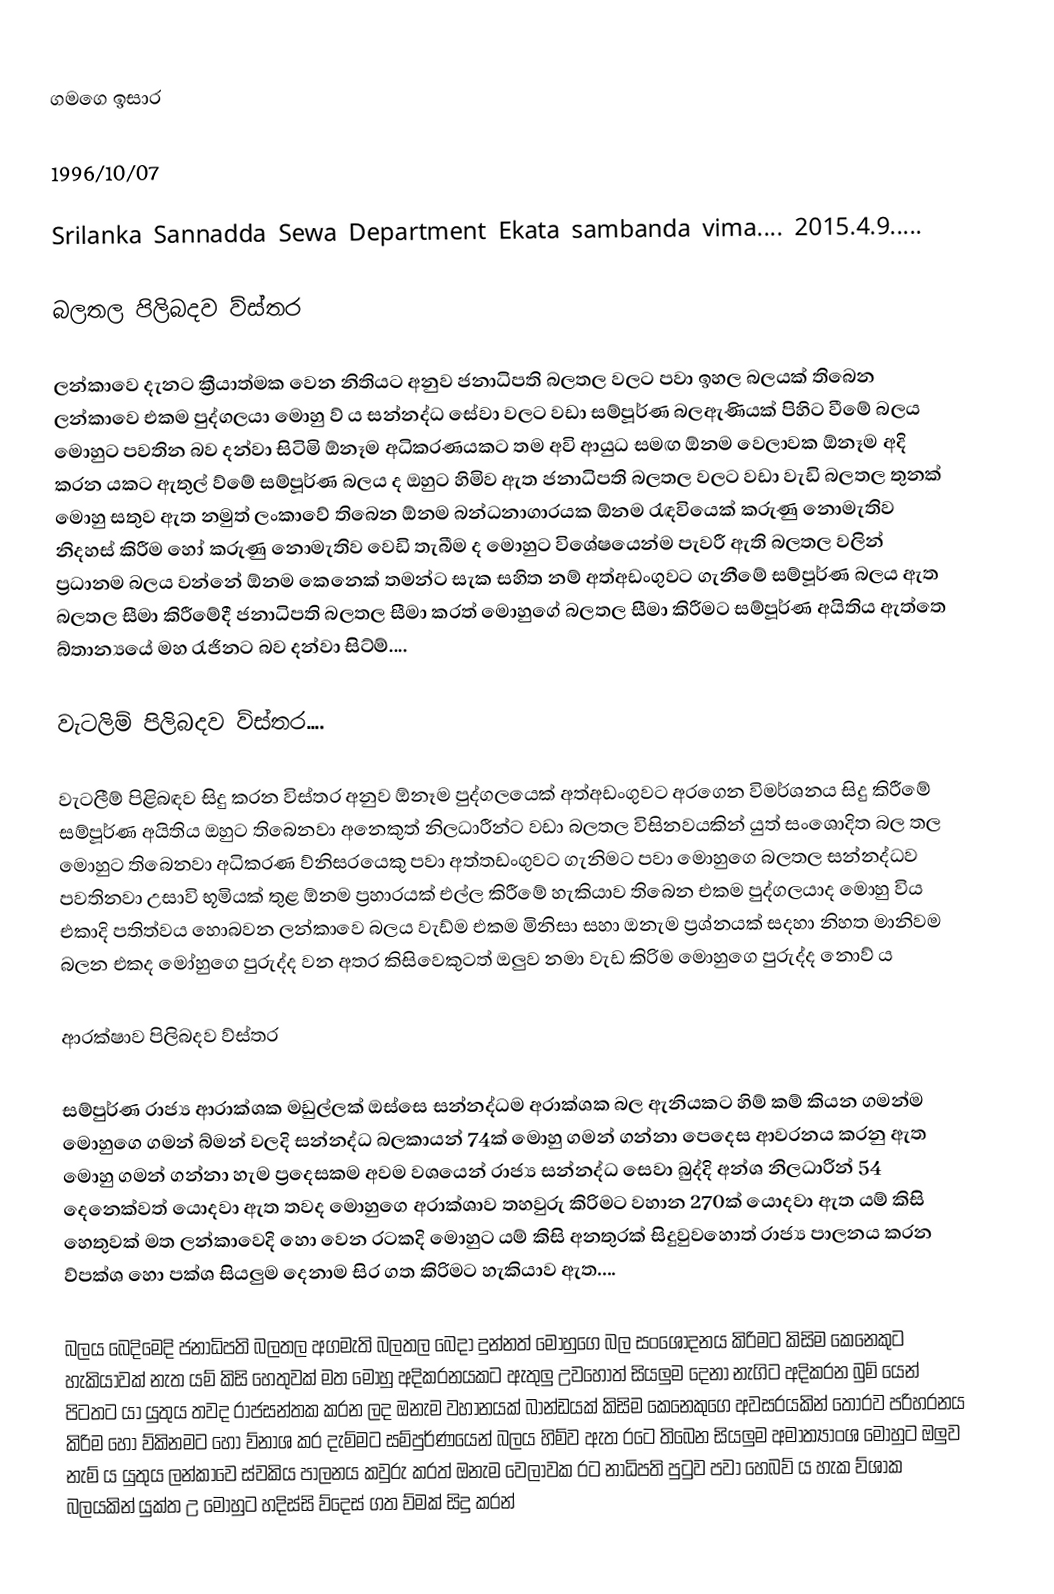
ගමගෙ ඉසාර

1996/10/07

Srilanka Sannadda Sewa Department Ekata sambanda vima.... 2015.4.9.....

බලතල පිලිබදව ව්ස්තර

ලන්කාවෙ දැනට ක්‍රීයාත්මක වෙන නිතියට අනුව ජනාධිපති බලතල වලට පවා ඉහල බලයක් තිබෙන ලන්කාවෙ එකම පුද්ගලයා මොහු ව් ය සන්නද්ධ සේවා වලට වඩා සම්පූර්ණ බලඇණියක් පිහිට වීමේ බලය මොහුට පවතින බව දන්වා සිටිමි ඕනෑම අධිකරණයකට තම අවි ආයුධ සමඟ ඕනම වෙලාවක ඕනෑම අදි කරන යකට ඇතුල් ව්මේ සම්පූර්ණ බලය ද ඔහුට හිමිව ඇත ජනාධිපති බලතල වලට වඩා වැඩි බලතල තුනක් මොහු සතුව ඇත නමුත් ලංකාවේ තිබෙන ඕනම බන්ධනාගාරයක ඕනම රැඳවියෙක් කරුණු නොමැතිව නිදහස් කිරීම හෝ කරුණු නොමැතිව වෙඩි තැබීම ද මොහුට විශේෂයෙන්ම පැවරී ඇති බලතල වලින් ප්‍රධානම බලය වන්නේ ඕනම කෙනෙක් තමන්ට සැක සහිත නම් අත්අඩංගුවට ගැනීමේ සම්පූර්ණ බලය ඇත බලතල සීමා කිරීමේදී ජනාධිපති බලතල සීමා කරත් මොහුගේ බලතල සීමා කිරීමට සම්පූර්ණ අයිතිය ඇත්තෙ බ්තාන්‍යයේ මහ රැජිනට බව දන්වා සිට්ම්....

වැටලිම් පිලිබදව ව්ස්තර....

වැටලීම් පිළිබඳව සිදු කරන විස්තර අනුව ඕනෑම පුද්ගලයෙක් අත්අඩංගුවට අරගෙන විමර්ශනය සිදු කිරීමේ සම්පූර්ණ අයිතිය ඔහුට තිබෙනවා අනෙකුත් නිලධාරීන්ට වඩා බලතල විසිනවයකින් යුත් සංශොදිත බල තල මොහුට තිබෙනවා අධිකරණ ව්නිසරයෙකු පවා අත්තඩංගුවට ගැනිමට පවා මොහුගෙ බලතල සන්නද්ධව පවතිනවා උසාවි භූමියක් තුළ ඕනම ප්‍රහාරයක් එල්ල කිරීමේ හැකියාව තිබෙන එකම පුද්ගලයාද මොහු විය එකාදි පතිත්වය හොබවන ලන්කාවෙ බලය වැඩ්ම එකම මිනිසා සහා ඔනැම ප්‍රශ්නයක් සදහා නිහත මානිවම බලන එකද මෝහුගෙ පුරුද්ද වන අතර කිසිවෙකුටත් ඔලුව නමා වැඩ කිරිම මොහුගෙ පුරුද්ද නොව් ය

ආරක්ෂාව පිලිබදව ව්ස්තර

සම්පුර්ණ රාජ්‍ය ආරාක්ශක මඩුල්ලක් ඔස්සෙ සන්නද්ධම අරාක්ශක බල ඇනියකට හිම් කම් කියන ගමන්ම මොහුගෙ ගමන් බ්මන් වලදි සන්නද්ධ බලකායන් 74ක් මොහු ගමන් ගන්නා පෙදෙස ආවරනය කරනු ඇත මොහු ගමන් ගන්නා හැම ප්‍රදෙසකම අවම වශයෙන් රාජ්‍ය සන්නද්ධ සෙවා බුද්දි අන්ශ නිලධාරීන් 54 දෙනෙක්වත් යොදවා ඇත තවද මොහුගෙ අරාක්ශාව තහවුරු කිරිමට වහාන 270ක් යොදවා ඇත යම් කිසි හෙතුවක් මත ලන්කාවෙදි හො වෙන රටකදි මොහුට යම් කිසි අනතුරක් සිදුවුවහොත් රාජ්‍ය පාලනය කරන ව්පක්ශ හො පක්ශ සියලුම දෙනාම සිර ගත කිරිමට හැකියාව ඇත....

බලය බෙදිමෙදි ජනාධිපති බලතල අගමැති බලතල බෙදා දුන්නත් මොහුගෙ බල සංශොදනය කිරිමට කිසිම කෙනෙකුට හැකියාවක් නැත යම් කිසි හෙතුවක් මත මොහු අදිකරනයකට ඇතුලු උවහොත් සියලුම දෙනා නැගිට අදිකරන බුම් යෙන් පිටතට යා යුතුය තවද රාජසන්තක කරන ලද ඔනැම වහානයක් බාන්ඩයක් කිසිම කෙනෙකුගෙ අවසරයකින් තොරව පරිහරනය කිරිම හො ව්කිනමට හො ව්නාශ කර දැම්මට සම්පුර්ණයෙන් බලය හිම්ව ඇත රටෙ තිබෙන සියලුම අමාත්‍යාංශ මොහුට ඔලුව නැම් ය යුතුය ලන්කාවෙ ස්වකිය පාලනය කවුරු කරත් ඔනැම වෙලාවක රට නාධිපති පුටුව පවා හෙබව් ය හැක ව්ශාක බලයකින් යුක්ත උ මොහුට හදිස්සි ව්දෙස් ගත ව්මක් සිදු කරන්